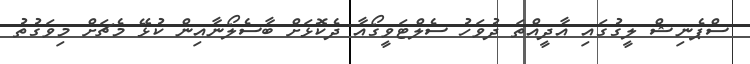
ސްޕެނިޝް ލީގުގައި އާދީއްތަ ދުވަހު ސެލްޓަވީގޯއާ ދެކޮޅަށް ބާސެލޯނާއިން ކުޅޭ މެޗަށް މިވަގުތު